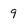
Character: 9